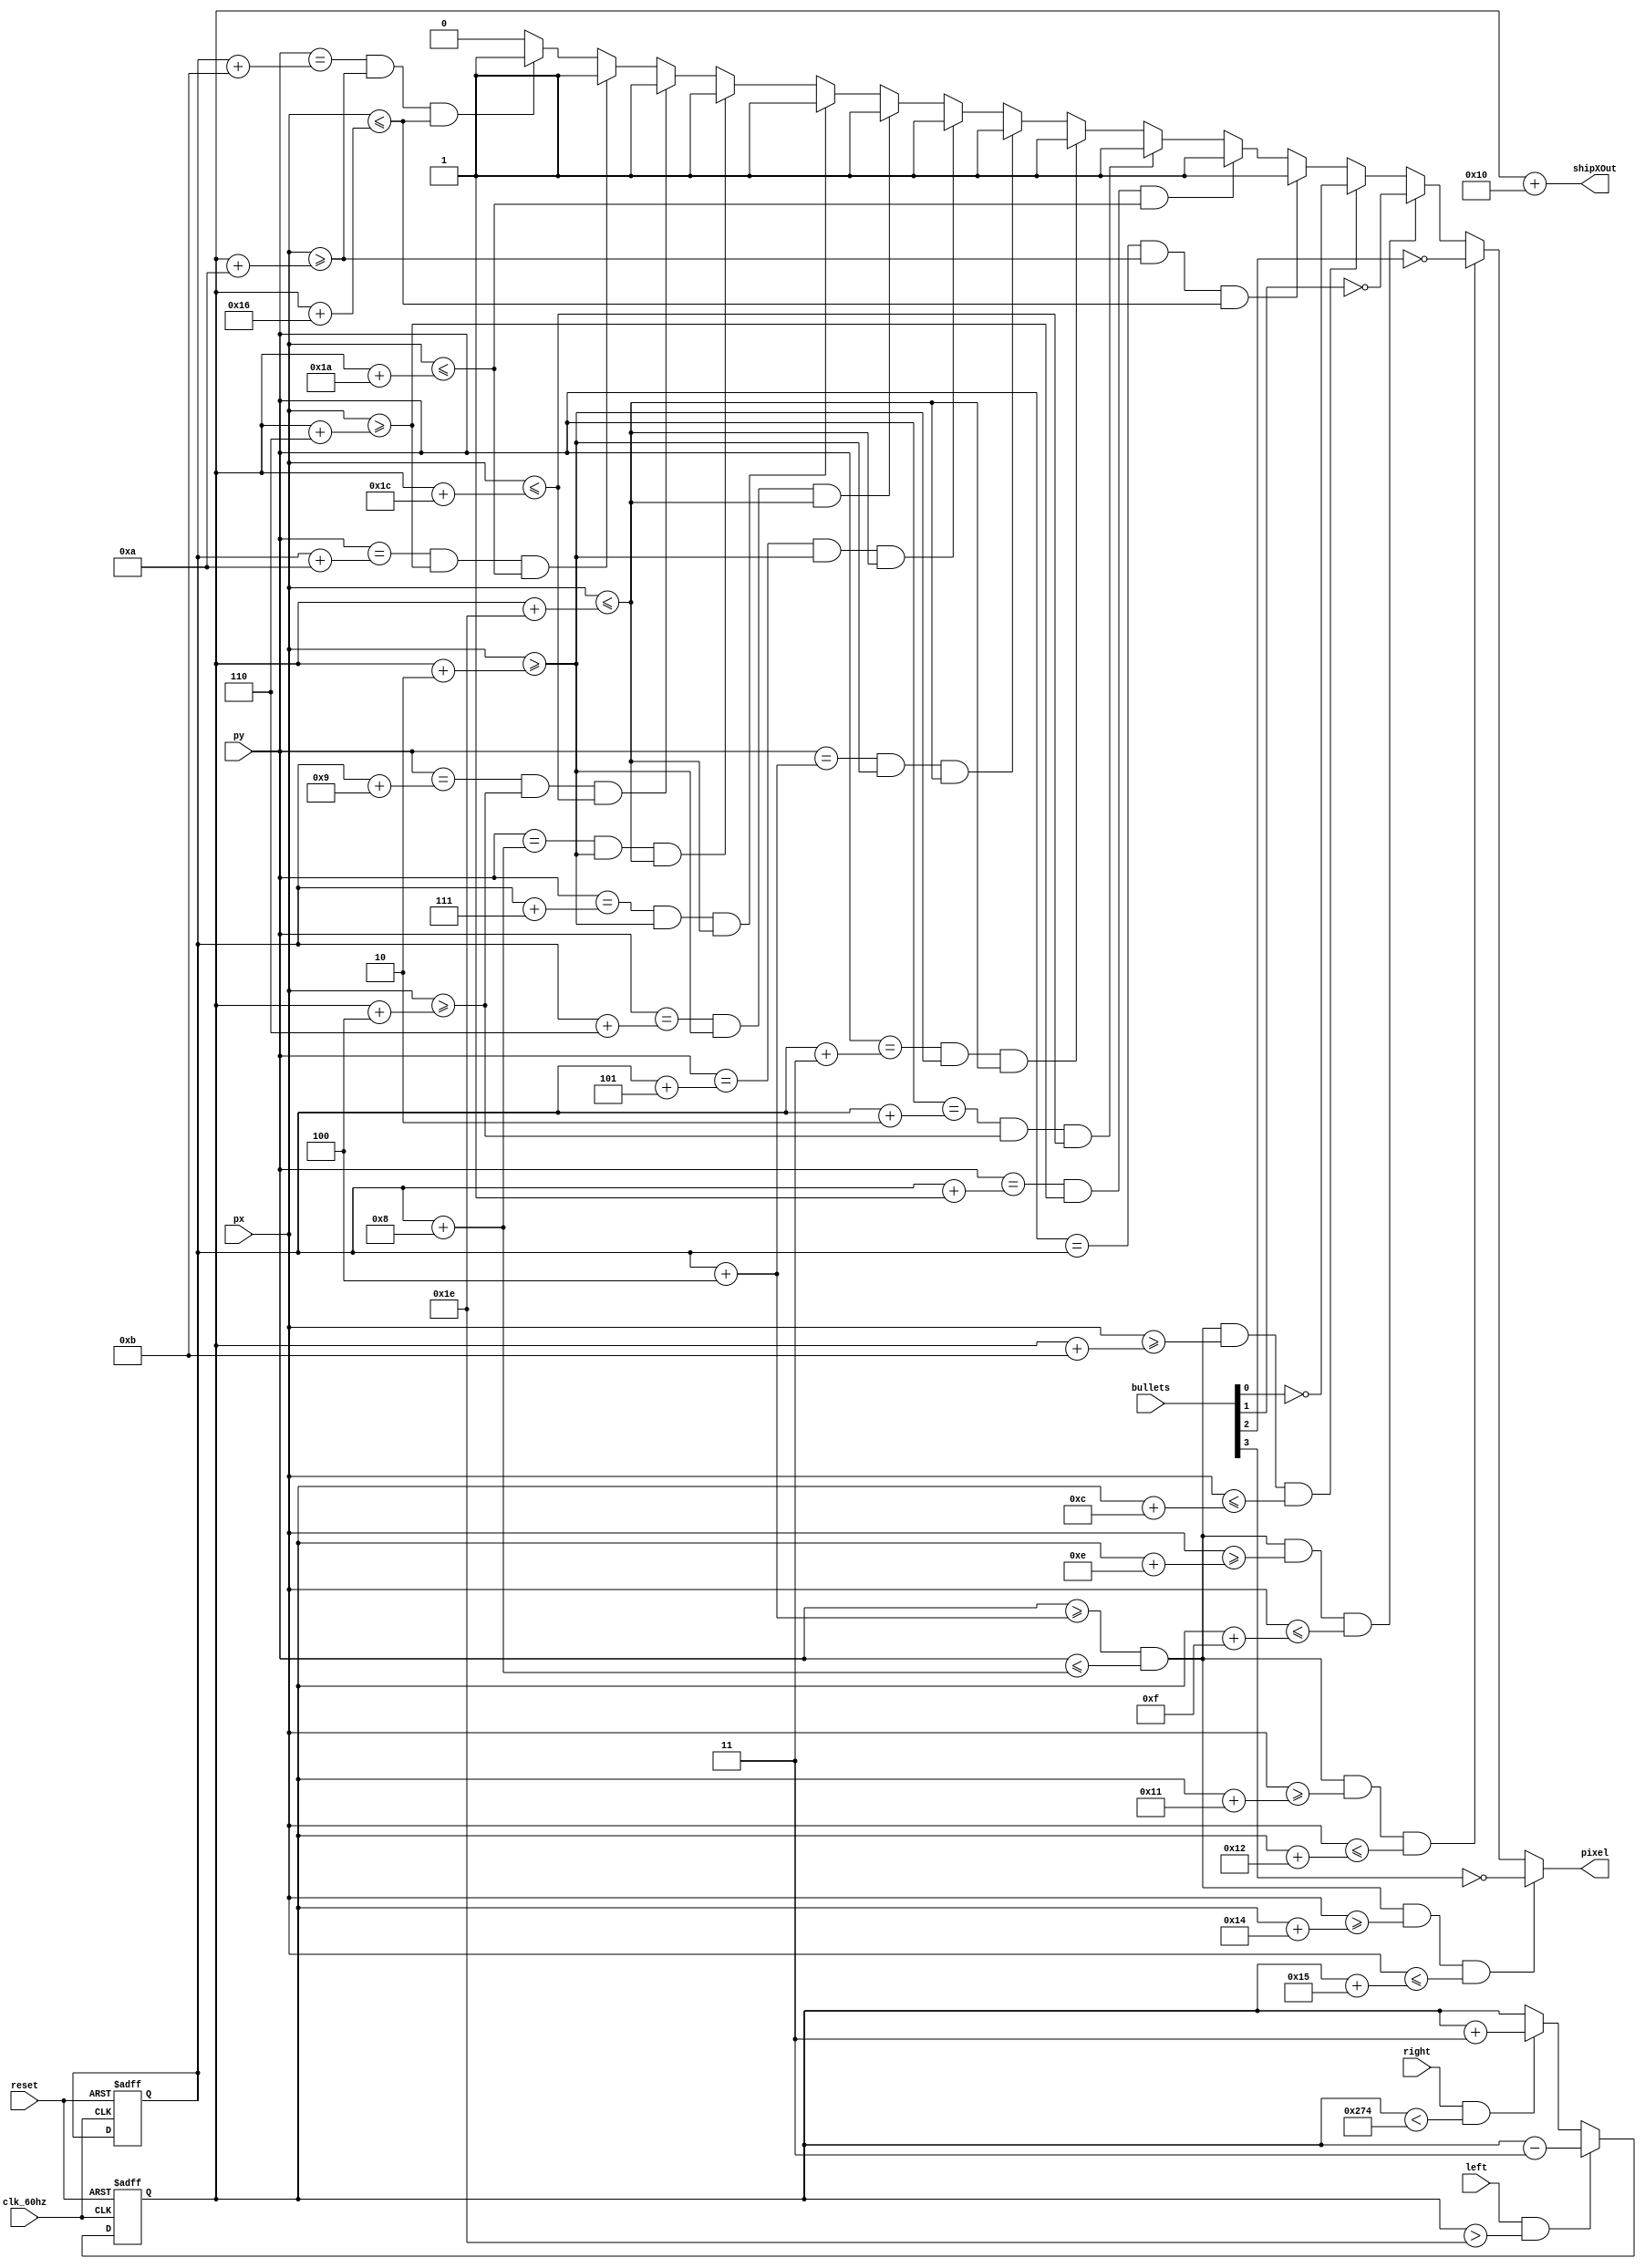
module Spaceship(
input [9:0] px,
input [9:0] py,
input clk_60hz, 

input left, 
input right,
input reset,

input [3:0] bullets,

output reg pixel,
output [9:0]shipXOut);

reg [9:0] shipX = 10'd320;
reg [9:0] shipY = 10'd240;

// Send out a signal containing ships current position
assign shipXOut = shipX + 10'd16;

/* Movement and reset*/
always @(posedge clk_60hz or posedge reset) begin
	
	if(reset)begin
		shipX <= 10'd320;
		shipY <= 10'd240;
	end else begin
		if(left && (shipX > 10'd30)) begin
			shipX <= shipX - 10'd3;
		end
		else if(right && (shipX < 10'd628)) begin
			shipX <= shipX + 10'd3;
		end
	end
end


/* Display generator */
/*always @(px)
begin
	if((px-15)<shipX && (px+15)>shipX&&(py-6)<shipY && (py+6)>shipY )
		pixel=1'b1;
	else if((px-1)<shipX && (px+1)>shipX&&(py-7)<shipY && (py+7)>shipY )
		pixel=1'b1;
	else pixel=1'b0;
end
*/

always @(px) begin
	if( (py==shipY) && px>=(shipX+10) && px<=(shipX+22))
		pixel=1'b1;
	else if( (py == (shipY+1)) && px>=(shipX+6) && px<=(shipX+26) )
		pixel=1'b1;
	else if( (py == (shipY+2)) && px>=(shipX+4) && px<=(shipX+28))
		pixel=1'b1;
		
		
	else if( (py == (shipY+3)) && px>=(shipX+2) && px<=(shipX+30))
		pixel=1'b1;
	else if( (py == (shipY+4)) && px>=(shipX+2) && px<=(shipX+30))
		pixel=1'b1;
	else if( (py == (shipY+5)) && px>=(shipX+2) && px<=(shipX+30))
		pixel=1'b1;
	else if( (py == (shipY+6)) && px>=(shipX+2) && px<=(shipX+30))
		pixel=1'b1;
	else if( (py == (shipY+7)) && px>=(shipX+2) && px<=(shipX+30))
		pixel=1'b1;
	else if( (py == (shipY+8)) && px>=(shipX+2) && px<=(shipX+30))
		pixel=1'b1;
		
	else if( (py == (shipY+9)) && px>=(shipX+4) && px<=(shipX+28))
		pixel=1'b1;
	else if( (py == (shipY+10)) && px>=(shipX+6) && px<=(shipX+26))
		pixel=1'b1;
	else if( (py == (shipY+11)) && px>=(shipX+10) && px<=(shipX+22))
		pixel=1'b1;
	else
		pixel=1'b0;
		
	/* Bullet holes */
	if( py>=(shipY+4) && py<=(shipY+8) && px>=(shipX+11) && px<=(shipX+12) )
		pixel = ~bullets[0];
	if( py>=(shipY+4) && py<=(shipY+8) && px>=(shipX+14) && px<=(shipX+15) )
		pixel = ~bullets[1];	
	if( py>=(shipY+4) && py<=(shipY+8) && px>=(shipX+17) && px<=(shipX+18) )
		pixel = ~bullets[2];
	if( py>=(shipY+4) && py<=(shipY+8) && px>=(shipX+20) && px<=(shipX+21) )
		pixel = ~bullets[3];
end

endmodule